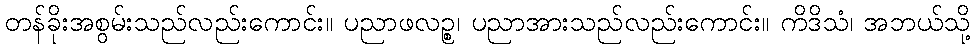
တန်ခိုးအစွမ်းသည်လည်းကောင်း။ ပညာဖလဉ္စ၊ ပညာအားသည်လည်းကောင်း။ ကိဒိသံ၊ အဘယ်သို့